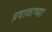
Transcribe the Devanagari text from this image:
प्रवाळाच्या